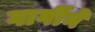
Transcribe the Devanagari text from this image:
गार्गीने